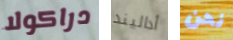
دراكولا أداليند نحن